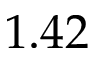
1 . 4 2